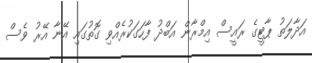
އަދާލަތު ޕާޓީގެ ރައީސް އިމްރާން އަބްދު ފާހަގަކުރެއްވި ގޮތުގައި އޭނާ އޭރު ވެސް